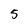
Character: 5